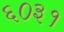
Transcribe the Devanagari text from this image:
६०३१